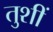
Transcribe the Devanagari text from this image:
तुशीं